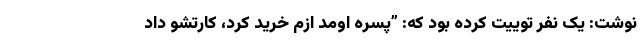
نوشت: یک نفر توییت کرده بود که: ”پسره اومد ازم خرید کرد، کارتشو داد